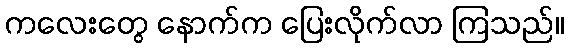
ကလေးတွေ နောက်က ပြေးလိုက်လာ ကြသည်။